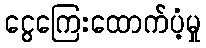
ငွေကြေးထောက်ပံ့မှု